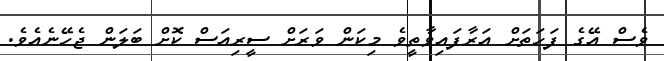
ވެސް އޭގެ ފަހަތަށް އަރާފައިވާތީވެ މިކަން ވަރަށް ސީރިއަސް ކޮށް ބަލަން ޖެހޭނެއެވެ.